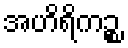
အဟိရိကဉ္စ